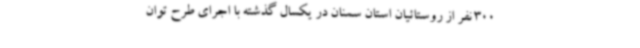
300 نفر از روستائیان استان سمنان در یکسال گذشته با اجرای طرح توان